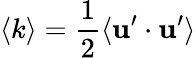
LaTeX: \langle k\rangle=\frac{1}{2}\langle{{\mathbf{u^{\prime}}\cdot\mathbf{u^{\prime}}}}\rangle